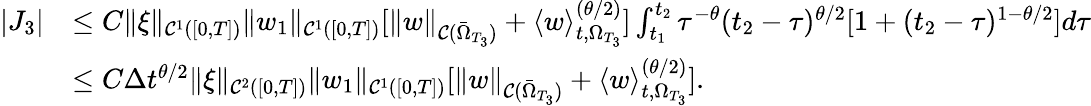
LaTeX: \begin{array}{rl}{|J_{3}|}&{\leq C\| \xi\| _{\mathcal{C}^{1}([0,T])}\| w_{1}\| _{\mathcal{C}^{1}([0,T])}[\| w\| _{\mathcal{C}(\bar{\Omega}_{T_{3}})}+\langle w\rangle_{t,\Omega_{T_{3}}}^{(\theta/2)}]\int_{t_{1}}^{t_{2}}\tau^{-\theta}(t_{2}-\tau)^{\theta/2}[1+(t_{2}-\tau)^{1-\theta/2}]d\tau}\\ &{\leq C\Delta t^{\theta/2}\| \xi\| _{\mathcal{C}^{2}([0,T])}\| w_{1}\| _{\mathcal{C}^{1}([0,T])}[\| w\| _{\mathcal{C}(\bar{\Omega}_{T_{3}})}+\langle w\rangle_{t,\Omega_{T_{3}}}^{(\theta/2)}].}\end{array}